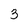
Character: 3